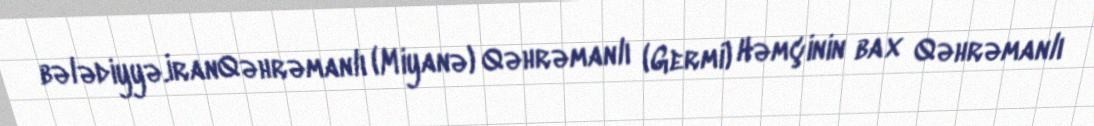
bələdiyyə.İranQəhrəmanlı (Miyanə) Qəhrəmanlı (Germi) Həmçinin bax Qəhrəmanlı